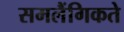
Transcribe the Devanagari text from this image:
समलैंगिकते